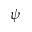
\psi